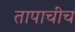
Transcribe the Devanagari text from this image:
तापाचीच